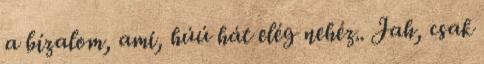
a bízalom, ami, húú hát elég nehéz.. Jah, csak